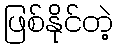
ဖြစ်နိုင်တဲ့